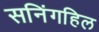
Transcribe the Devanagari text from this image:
सनिंगहिल